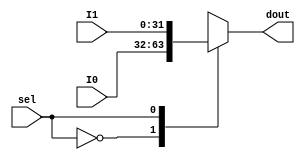
`timescale 1ns / 1ps
                                    //
//////////////////////////////////////
//      2   T O   1  M U X          //
//                                  //
//  Designed for the single cycle   //
//          processor               //
//////////////////////////////////////                                     

module Mux21#(
    parameter WL = 32
        )(
        input [WL-1:0] I0, I1,
        input sel,
        output reg [WL-1:0] dout 
    );
    
always @* begin
    case (sel)
        0: dout = I0;
        1: dout = I1;
    endcase    
end    
endmodule